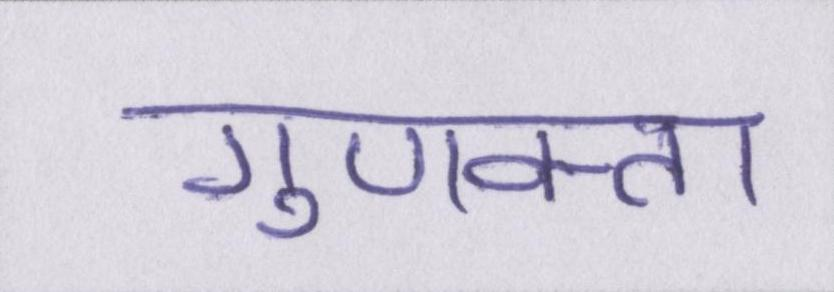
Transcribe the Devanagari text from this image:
गुणवत्ता